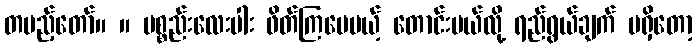
တပည့်တော်။ ။ ပစ္စည်းလေးပါး ဖိတ်ကြပေမယ့် တောင်းမယ်လို့ ရည်ရွယ်ချက် မရှိတော့